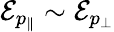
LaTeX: \mathcal{E}_{p_{\| }}\sim\mathcal{E}_{p_{\perp}}